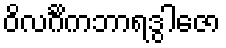
ဝိလင်္ဂိကဘာရဒွါဇော